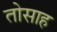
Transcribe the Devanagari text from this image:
तोसाह